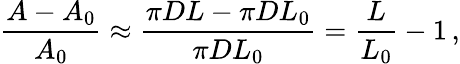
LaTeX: \frac{A-A_{0}}{A_{0}}\approx\frac{\pi DL-\pi DL_{0}}{\pi DL_{0}}=\frac{L}{L_{0}}-1\, ,